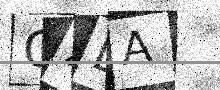
Text: GZLA